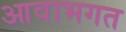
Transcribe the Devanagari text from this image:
आवाभगत